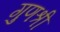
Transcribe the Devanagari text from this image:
गुणश्री